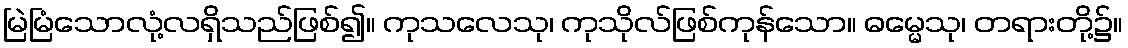
မြဲမြံသောလုံ့လရှိသည်ဖြစ်၍။ ကုသလေသု၊ ကုသိုလ်ဖြစ်ကုန်သော။ ဓမ္မေသု၊ တရားတို့၌။